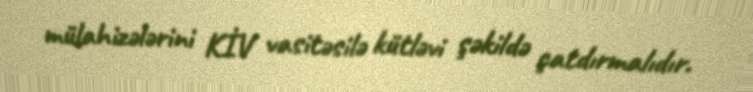
mülahizələrini KİV vasitəsilə kütləvi şəkildə çatdırmalıdır.